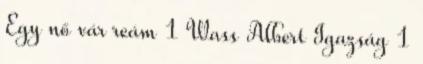
Egy nő vár reám 1 Wass Albert Igazság 1